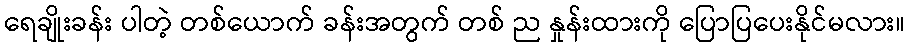
ရေချိုးခန်း ပါတဲ့ တစ်ယောက် ခန်းအတွက် တစ် ည နှုန်းထားကို ပြောပြပေးနိုင်မလား။